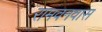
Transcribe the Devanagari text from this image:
रामवनवास